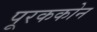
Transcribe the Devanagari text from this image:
पूरककोन